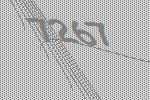
7267